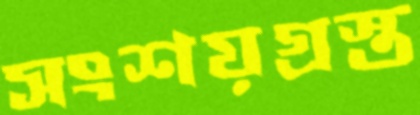
সংশয়গ্রস্ত